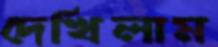
দেখিলাম